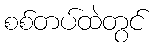
စစ်တပ်ထဲတွင်